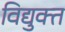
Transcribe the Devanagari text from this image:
विद्युक्त